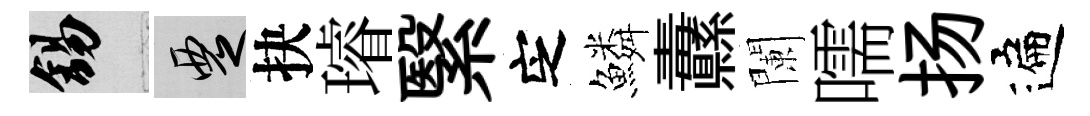
錫覂抉璿繄㝎鱗纛闌嚅扬遍